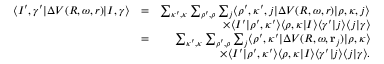
\begin{array} { r l r } { \langle I ^ { \prime } , \gamma ^ { \prime } | \Delta V ( R , \omega , r ) | I , \gamma \rangle } & { = } & { \sum _ { \kappa ^ { \prime } , \kappa } \sum _ { \rho ^ { \prime } , \rho } \sum _ { j } \langle \rho ^ { \prime } , \kappa ^ { \prime } , j | \Delta V ( R , \omega , r ) | \rho , \kappa , j \rangle } \\ & { } & { \times \langle I ^ { \prime } | \rho ^ { \prime } , \kappa ^ { \prime } \rangle \langle \rho , \kappa | I \rangle \langle \gamma ^ { \prime } | j \rangle \langle j | \gamma \rangle } \\ & { = } & { \sum _ { \kappa ^ { \prime } , \kappa } \sum _ { \rho ^ { \prime } , \rho } \sum _ { j } \langle \rho ^ { \prime } , \kappa ^ { \prime } | \Delta V ( R , \omega , { \bf r } _ { j } ) | \rho , \kappa \rangle } \\ & { } & { \times \langle I ^ { \prime } | \rho ^ { \prime } , \kappa ^ { \prime } \rangle \langle \rho , \kappa | I \rangle \langle \gamma ^ { \prime } | j \rangle \langle j | \gamma \rangle . } \end{array}